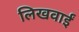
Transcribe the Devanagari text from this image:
लिखवाईं